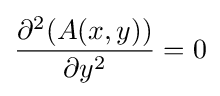
{\frac {\partial ^{2}(A(x,y))}{\partial y^{2}}}=0